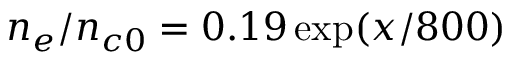
n _ { e } / n _ { c 0 } = 0 . 1 9 \exp ( x / 8 0 0 )